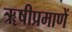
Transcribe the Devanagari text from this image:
ॠषीप्रमाणें